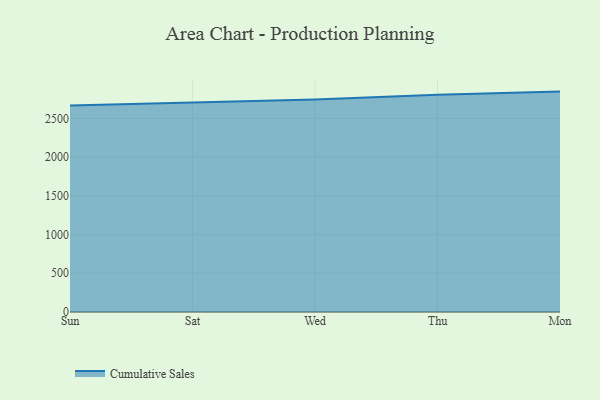
{"axis": {"x": "Day", "y": "Production Output"}, "legend": ["Cumulative Sales"], "data": [{"x": "Sun", "y": 2666.9, "type": "Cumulative Sales"}, {"x": "Sat", "y": 2706.9, "type": "Cumulative Sales"}, {"x": "Wed", "y": 2745.2, "type": "Cumulative Sales"}, {"x": "Thu", "y": 2805.3, "type": "Cumulative Sales"}, {"x": "Mon", "y": 2846.0, "type": "Cumulative Sales"}]}